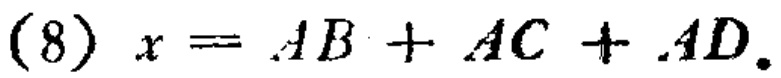
(8) \(x = AB + AC + AD\)